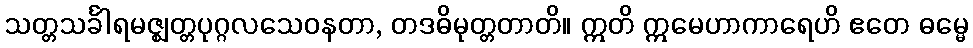
သတ္တသင်္ခါရမဇ္ဈတ္တပုဂ္ဂလသေဝနတာ, တဒဓိမုတ္တတာတိ။ ဣတိ ဣမေဟာကာရေဟိ ဧတေ ဓမ္မေ